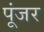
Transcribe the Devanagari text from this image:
पूंजर